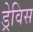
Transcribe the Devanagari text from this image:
ड्रेविस